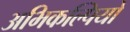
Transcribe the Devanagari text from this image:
अभिकल्पियों